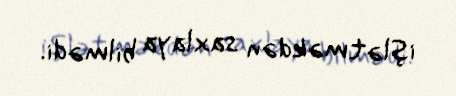
işlətməkdən saxlaya bilmədi.